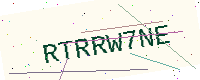
Text: RTRRW7NE